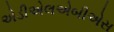
એડીએલએબીએસ